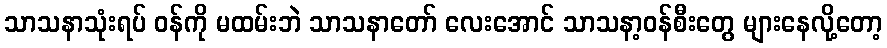
သာသနာသုံးရပ် ဝန်ကို မထမ်းဘဲ သာသနာတော် လေးအောင် သာသနာ့ဝန်စီးတွေ များနေလို့တော့